Problem: 45 + 43 = ?
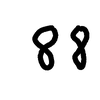
Handwritten answer: 88